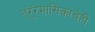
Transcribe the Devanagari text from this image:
त्रे्रेमासिकाचेही